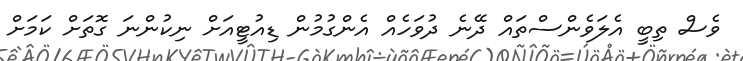
ވެސް ތިބީ އެލަވެންސްތައް ދޭނެ ދުވަހެއް އެންގުމުން ޑިއުޓީއަށް ނިކުންނަ ގޮތަށް ކަމަށް